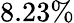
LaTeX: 8.23\%